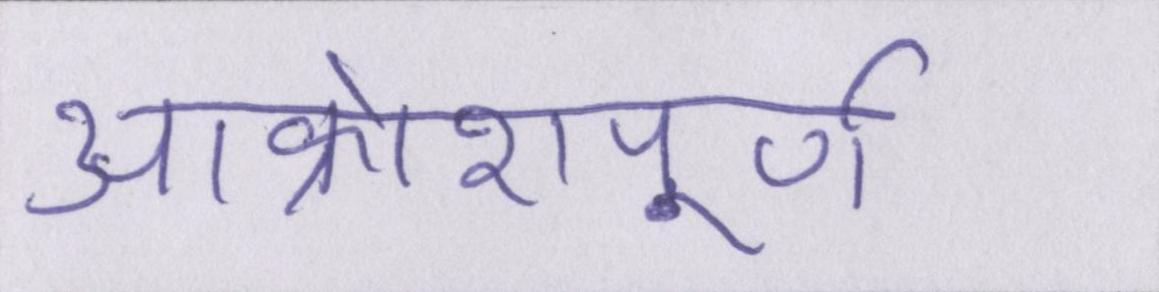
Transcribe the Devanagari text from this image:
आक्रोशपूर्ण